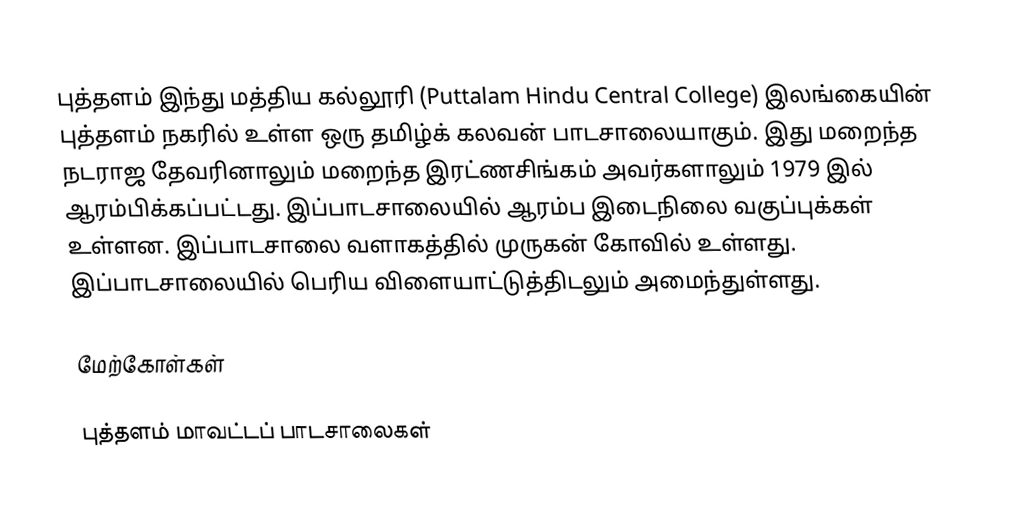
புத்தளம் இந்து மத்திய கல்லூரி (Puttalam Hindu Central College) இலங்கையின் புத்தளம் நகரில் உள்ள ஒரு தமிழ்க் கலவன் பாடசாலையாகும். இது மறைந்த நடராஜ தேவரினாலும் மறைந்த இரட்ணசிங்கம் அவர்களாலும் 1979 இல் ஆரம்பிக்கப்பட்டது. இப்பாடசாலையில் ஆரம்ப இடைநிலை வகுப்புக்கள் உள்ளன. இப்பாடசாலை வளாகத்தில் முருகன் கோவில் உள்ளது. இப்பாடசாலையில் பெரிய விளையாட்டுத்திடலும் அமைந்துள்ளது.

மேற்கோள்கள்

புத்தளம் மாவட்டப் பாடசாலைகள்